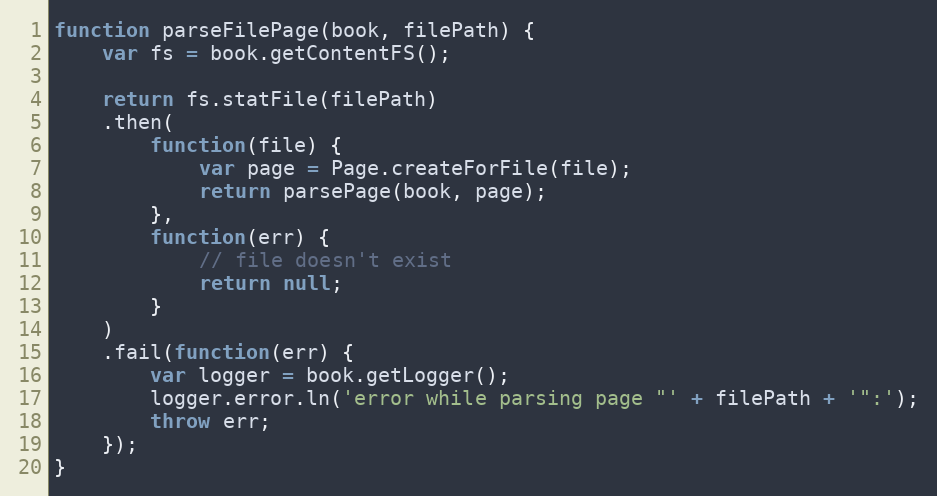
Language: JavaScript
function parseFilePage(book, filePath) {
    var fs = book.getContentFS();

    return fs.statFile(filePath)
    .then(
        function(file) {
            var page = Page.createForFile(file);
            return parsePage(book, page);
        },
        function(err) {
            // file doesn't exist
            return null;
        }
    )
    .fail(function(err) {
        var logger = book.getLogger();
        logger.error.ln('error while parsing page "' + filePath + '":');
        throw err;
    });
}